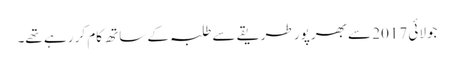
جولائی 2017 سے بھرپور طریقے سے طلبہ کے ساتھ کام کر رہے تھے۔